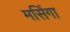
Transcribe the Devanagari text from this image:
मसिंगा